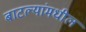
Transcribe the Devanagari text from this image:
बाटल्यांमधील